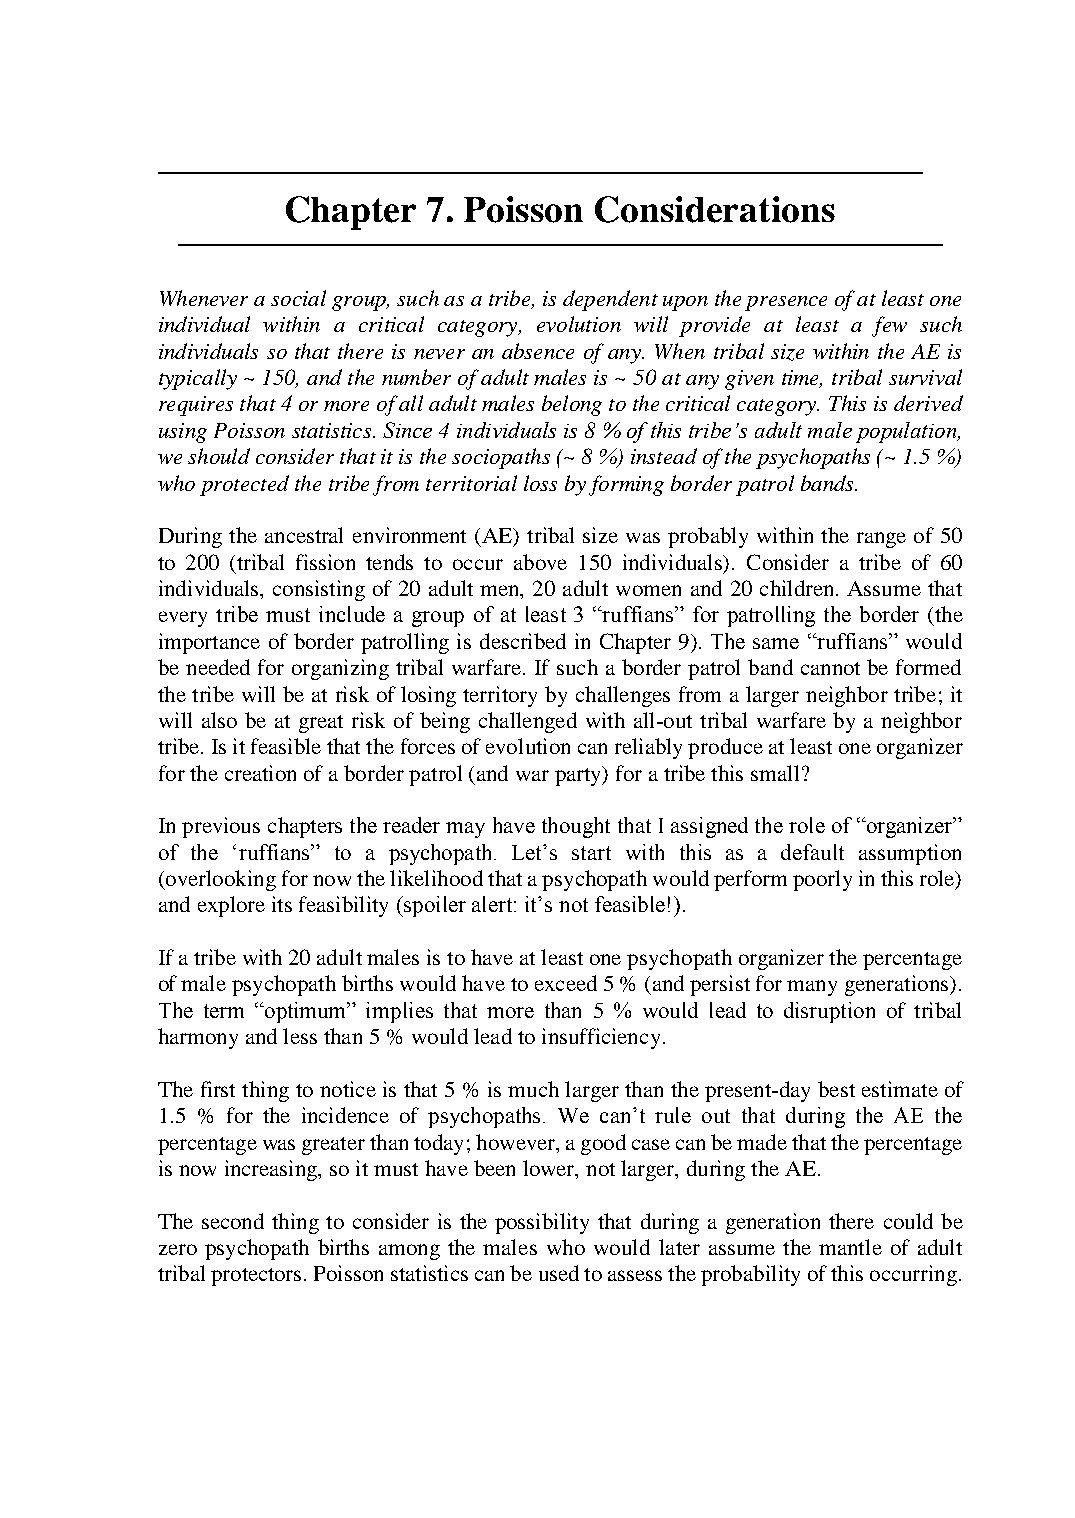
───────────────────────────────────────────────────
 Chapter  7. Poisson Considerations
 ───────────────────────────────────────────────────
 Whenever a social group, such as a tribe, is dependent upon the presence of at least one
 individual within a critical category, evolution will provide at least a few such
 individuals so that there is never an absence of any. When tribal size within the AE is
 typically ~ 150, and the number of adult males is ~ 50 at any given time, tribal survival
 requires that 4 or more of all adult males belong to the critical category. This is derived
 using Poisson statistics. Since 4 individuals is 8 % of this tribe’s adult male population,
 we should consider that it is the sociopaths (~ 8 %) instead of the psychopaths (~ 1.5 %)
 who protected the tribe from territorial loss by forming border patrol bands.
 During the ancestral environment (AE) tribal size was probably within the range of 50
 to 200 (tribal fission tends to occur above 150 individuals). Consider a tribe of 60
 individuals, consisting of 20 adult men, 20 adult women and 20 children. Assume that
 every tribe must include a group of at least 3 “ruffians” for patrolling the border (the
 importance of border patrolling is described in Chapter 9). The same “ruffians” would
 be needed for organizing tribal warfare. If such a border patrol band cannot be formed
 the tribe will be at risk of losing territory by challenges from a larger neighbor tribe; it
 will also be at great risk of being challenged with all-out tribal warfare by a neighbor
 tribe. Is it feasible that the forces of evolution can reliably produce at least one organizer
 for the creation of a border patrol (and war party) for a tribe this small?
 In previous chapters the reader may have thought that I assigned the role of “organizer”
 of the ‘ruffians” to a psychopath. Let’s start with this as a default assumption
 (overlooking for now the likelihood that a psychopath would perform poorly in this role)
 and explore its feasibility (spoiler alert: it’s not feasible!).
 If a tribe with 20 adult males is to have at least one psychopath organizer the percentage
 of male psychopath births would have to exceed 5 % (and persist for many generations).
 The term “optimum” implies that more than 5 % would lead to disruption of tribal
 harmony and less than 5 % would lead to insufficiency.
 The first thing to notice is that 5 % is much larger than the present-day best estimate of
 1.5 % for the incidence of psychopaths. We can’t rule out that during the AE the
 percentage was greater than today; however, a good case can be made that the percentage
 is now increasing, so it must have been lower, not larger, during the AE.
 The second thing to consider is the possibility that during a generation there could be
 zero psychopath births among the males who would later assume the mantle of adult
 tribal protectors. Poisson statistics can be used to assess the probability of this occurring.